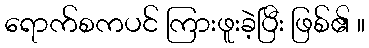
ရောက်စကပင် ကြားဖူးခဲ့ပြီး ဖြစ်၏ ။